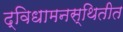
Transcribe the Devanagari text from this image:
द्विधामनस्थितीत